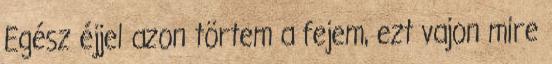
Egész éjjel azon törtem a fejem, ezt vajon mire